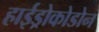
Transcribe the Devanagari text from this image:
हाईड्रोकोडोन